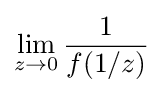
\lim _{z\to 0}{\frac {1}{f(1/z)}}